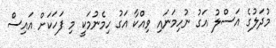
މުދަލުގެ އަސްލު އަގު ނުހިމަނައި ވިއްކާ އަގު ހިމެނުމަކީ މި ފަހަކަށް އައިސް